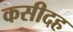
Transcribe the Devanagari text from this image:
कसीदह